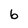
Character: 6